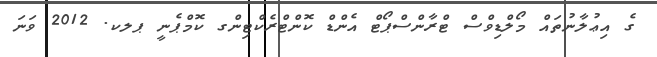
ގެ އިޢުލާނުތައް މޯލްޑިވްސް ޓްރާންސްޕޯޓް އެންޑް ކޮންޓްރެކްޓިންގ ކޮމްޕެނީ ޕލކ. 2012 ވަނަ